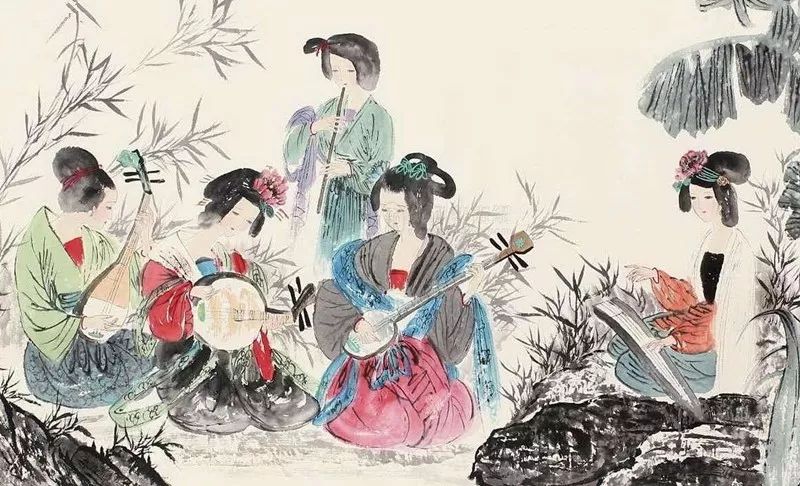
倍道而妄行，则天不能使之吉。